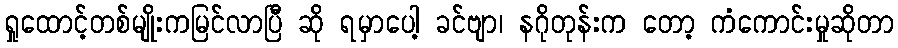
ရှုထောင့်တစ်မျိုးကမြင်လာပြီ ဆို ရမှာပေါ့ ခင်ဗျာ၊ နဂိုတုန်းက တော့ ကံကောင်းမှုဆိုတာ